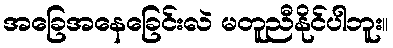
အခြေအနေခြေင်းလဲ မတူညီနိုင်ပါဘူး။